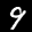
Label: 9